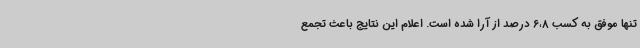
تنها موفق به کسب 6،8 درصد از آرا شده است. اعلام این نتایج باعث تجمع